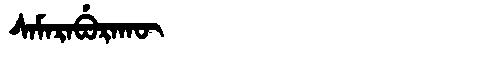
Manchu: ᠰᠠᠮᠠᡵᠠᠪᡠᡵᠠᡴᡡ
Romanization: SAMARABURAKŪ